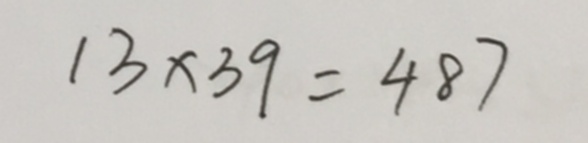
1 3 \times 3 9 = 4 8 7